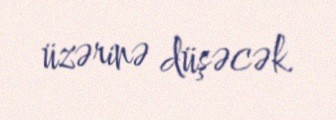
üzərinə düşəcək.